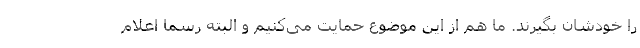
را خودشان بگیرند. ما هم از این موضوع حمایت می‌کنیم و البته رسما اعلام